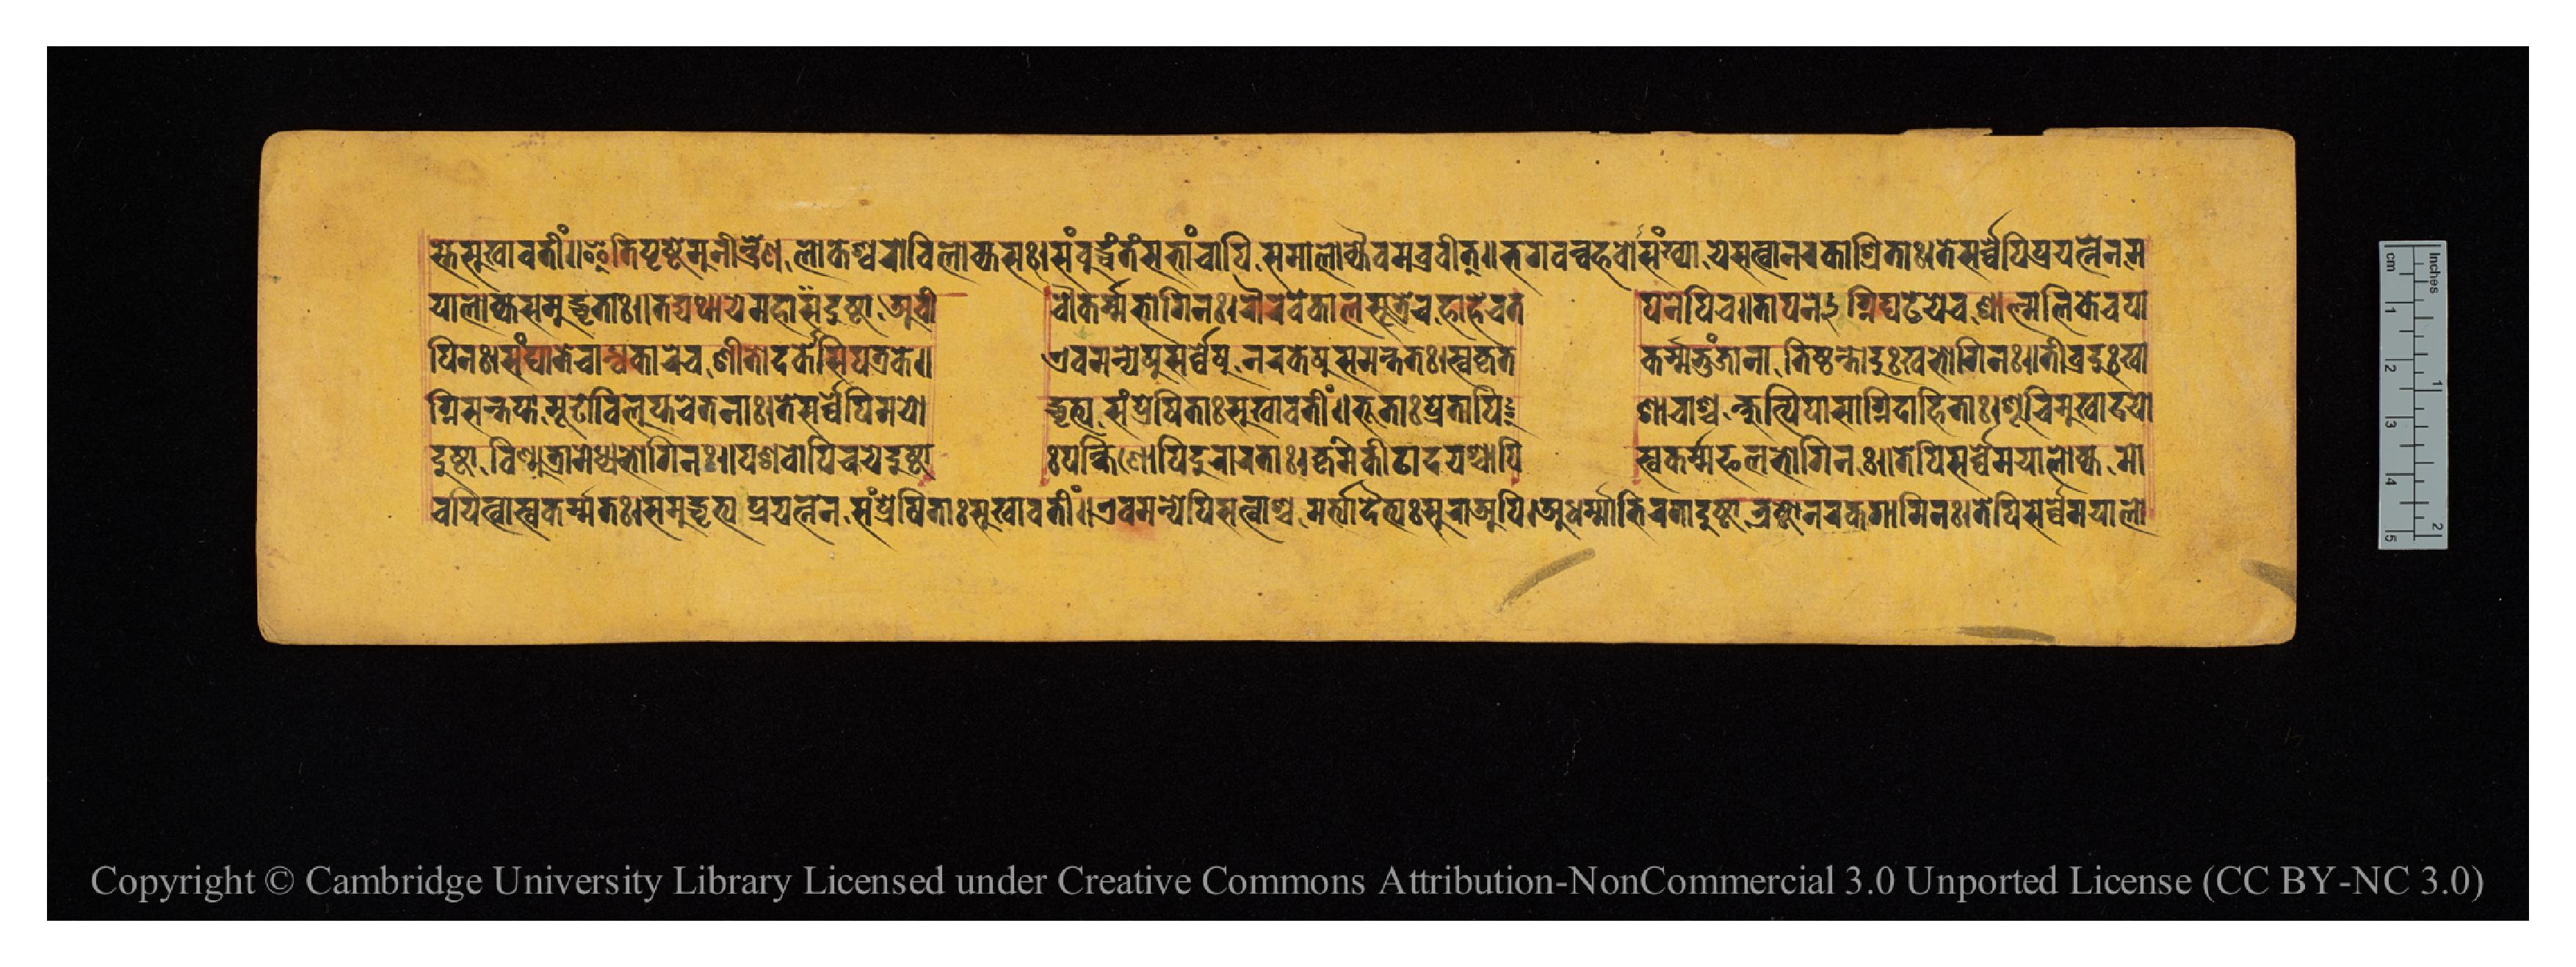
𑐳𑑂𑐟𑐾𑐳𑐸𑐏𑐵𑐰𑐟𑐷𑑄𑑌𑐂𑐟𑐶𑐥𑐺𑐲𑑂𑐚𑐾𑐩𑐸𑐣𑐷𑐣𑑂𑐡𑑂𑐬𑐾𑐞𑐮𑑀𑐎𑐾𑐱𑑂𑐰𑐬𑑀𑐰𑐶𑐮𑑀𑐎𑑂𑐫𑐳𑑅𑑋𑐳𑑄𑐧𑐸𑐡𑑂𑐢𑑄𑐟𑑄𑐳𑐨𑐵𑐘𑑂𑐔𑐵𑐥𑐶𑐳𑐩𑐵𑐮𑑀𑐎𑑂𑐫𑐿𑐰𑐩𑐧𑑂𑐬𑐰𑐷𑐟𑑂𑑌𑐨𑐐𑐰𑐣𑑂𑐧𑐴𑐰𑑀𑐳𑑄𑐏𑑂𑐫𑐾𑐫𑐵𑑅𑐳𑐟𑑂𑐰𑐵𑐣𑐬𑐎𑐵𑐱𑑂𑐬𑐶𑐟𑐵𑑅𑑋𑐟𑐾𑐳𑐬𑑂𑐰𑑂𑐰𑐾𑐥𑐶𑐥𑑂𑐬𑐫𑐟𑑂𑐣𑐾𑐣𑐩 𑐫𑐵𑐮𑑀𑐎𑑂𑐫𑐳𑐩𑐸𑐡𑑂𑐢𑐺𑐟𑐵𑑅𑑌𑐟𑐡𑑂𑐫𑐠𑐵𑐫𑐾𑐩𑐴𑐵𑐡𑐸𑐲𑑂𑐚𑐵𑐀𑐰𑐷  𑐔𑑁𑐎𑐬𑑂𑐩𑐨𑑀𑐐𑐶𑐣𑑅𑑋𑐬𑑁𑐬𑐰𑐾𑐎𑐵𑐮𑐳𑐹𑐟𑑂𑐬𑐾𑐔𑐴𑐵𑐴𑐰𑐟  𑐥𑐣𑐾𑐥𑐶𑐔𑑌𑐟𑐵𑐥𑐣𑐾𑐐𑑂𑐣𑐶𑐢𑐚𑐾𑐫𑐾𑐔𑐱𑐵𑐮𑑂𑐩𑐮𑐶𑐎𑐾𑐔𑐥𑐵 𑐐𑑂𑐣𑐶𑐳𑐣𑑂𑐟𑐥𑑂𑐟𑐵𑐩𑐹𑐝𑐵𑐰𑐶𑐮𑐸𑐥𑑂𑐟𑐔𑐾𑐟𑐣𑐵𑑅𑑋𑐟𑐾𑐳𑐬𑑂𑐰𑑂𑐰𑐾𑐥𑐶𑐩𑐫𑑀  𑐡𑑂𑐢𑐺𑐟𑑂𑐫𑐳𑑄𑐥𑑂𑐬𑐾𑐲𑐶𑐟𑐵𑑅𑐳𑐸𑐏𑐵𑐰𑐟𑐷𑑄𑑌𑐨𑐹𑐟𑐵𑑅𑐥𑑂𑐬𑐾𑐟𑐵𑑅𑐥𑐶  𑐱𑐵𑐔𑐵𑐱𑑂𑐔𑐎𑑂𑐲𑐸𑐥𑑂𑐟𑐶𑐥𑐵𑐳𑐵𑐐𑑂𑐣𑐶𑐡𑐵𑐴𑐶𑐟𑐵𑑅𑑋𑐳𑐹𑐔𑐶𑐩𑐸𑐏𑐵𑐡𑐫𑑀 𑐥𑐶𑐣𑑅𑑋𑐳𑑄𑐑𑐵𑐀𑐟𑐾𑐔𑐵𑐣𑑂𑐢𑐎𑐵𑐬𑐾𑐔𑐱𑐷𑐟𑑀𑐡𑐎𑐾𑐳𑐶𑐥𑐟𑑂𑐬𑐎𑐾𑑌  𑐊𑐰𑐩𑐣𑑂𑐫𑐲𑐸𑐳𑐬𑑂𑐰𑑂𑐰𑐾𑐲𑐸𑐣𑐬𑐎𑐾𑐲𑐸𑐳𑐩𑐣𑑂𑐟𑐟𑑅𑑋𑐳𑑂𑐰𑐎𑐺𑐟  𑐎𑐬𑑂𑐩𑐨𑐸𑐘𑑂𑐖𑐵𑐣𑐵𑑄𑐟𑐶𑐲𑑂𑐛𑐣𑑂𑐟𑑀𑐡𑐸𑑅𑐏𑐨𑑀𑐐𑐶𑐣𑑅𑑌𑐟𑐷𑐰𑑂𑐬𑐡𑐸𑑅𑐏𑐵 𑐡𑐸𑐲𑑂𑐚𑐵𑐰𑐶𑐞𑑂𑐩𑐹𑐟𑑂𑐬𑐵𑐩𑐾𑐢𑑂𑐫𑐨𑑀𑐐𑐶𑐣𑑅𑑌𑐥𑐱𑐰𑑀𑐥𑐶𑐔𑐫𑐾𑐡𑐸𑐲𑑂𑐚𑐵  𑑅𑐥𑐎𑑂𑐲𑐶𑐞𑑀𑐥𑐶𑐡𑐸𑐬𑐵𑐬𑐟𑐵𑑅𑑋𑐎𑐺𑐩𑐶𑐎𑐷𑐚𑐵𑐡𑐫𑐱𑑂𑐔𑐵𑐥𑐶  𑐳𑑂𑐰𑐎𑐬𑑂𑐩𑐦𑐮𑐨𑑀𑐐𑐶𑐣𑑅𑑌𑐟𑐾𑐥𑐶𑐳𑐬𑑂𑐰𑑂𑐰𑐾𑐩𑐫𑐵𑐮𑑀𑐎𑑂𑐫𑐩𑑀 𑐔𑐫𑐶𑐟𑑂𑐰𑐵𑐳𑑂𑐰𑐎𑐬𑑂𑐩𑐟𑑅𑑋𑐳𑐩𑐸𑐡𑑂𑐢𑐺𑐟𑑂𑐫𑐥𑑂𑐬𑐫𑐟𑑂𑐣𑐾𑐣𑐾𑐳𑑄𑐥𑑂𑐬𑐾𑐲𑐶𑐟𑐵𑑅𑐳𑐸𑐏𑐵𑐰𑐟𑐷𑑄𑑌𑐊𑐰𑐩𑐣𑑂𑐫𑐾𑐥𑐶𑐳𑐟𑑂𑐰𑐵𑐫𑐾𑐩𑐬𑑂𑐟𑑂𑐫𑐵𑐡𑐿𑐟𑑂𑐫𑐵𑑅𑐳𑐸𑐬𑐵𑐀𑐥𑐶𑑋𑐀𑐢𑐬𑑂𑐩𑐵𑐨𑐶𑐬𑐟𑐵𑐡𑐸𑐲𑑂𑐚𑐵𑐨𑑂𑐬𑐲𑑂𑐚𑐵𑐣𑐬𑐎𑐐𑐵𑐩𑐶𑐣𑑅𑑋𑐟𑐾𑐥𑐶𑐳𑐬𑑂𑐰𑑂𑐰𑐾𑐩𑐫𑐵𑐀𑐮𑑀